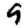
Digit: 9